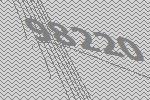
98220